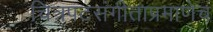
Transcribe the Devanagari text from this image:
चित्रपटसंगीताप्रमाणेच